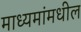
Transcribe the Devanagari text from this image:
माध्यमांमधील